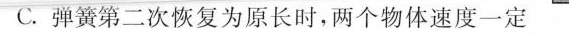
C.弹簧第二次恢复为原长时，两个物体速度一定